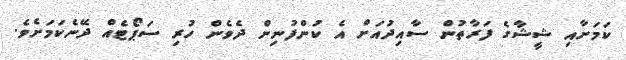
ކަމަށާއި ޝީޝާގެ ފަރާތުން ސާއިދުއަށް އެ ކުންފުނިން ދެވެން ހުރި ސަޕޯޓެއް ދޭނެކަމަށެވެ.